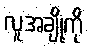
လူအချို့ကို